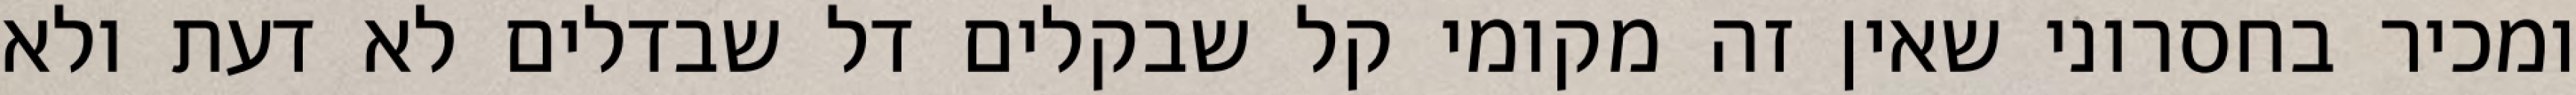
ומכיר בחסרוני שאין זה מקומי קל שבקלים דל שבדלים לא דעת ולא